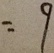
= 9